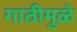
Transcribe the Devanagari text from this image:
गाठीमुळे